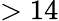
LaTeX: >14